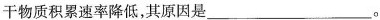
干物质积累速率降低，其原因是___。